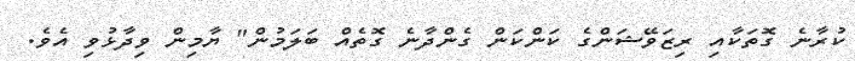
ކުރާނެ ގޮތަކާއި ރިޒަވޭޝަންގެ ކަންކަން ގެންދާނެ ގޮތެއް ބަލަމުން" ޔާމިން ވިދާޅުވި އެވެ.